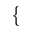
\{